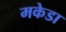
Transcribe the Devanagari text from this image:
मकेडा